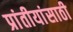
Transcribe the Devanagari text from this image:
प्रांतीयांसाठी